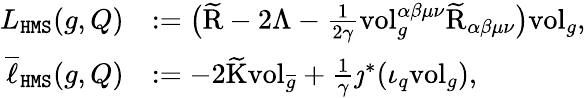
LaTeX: \begin{array}{rl}{L_{\mathtt{HMS}}(g,Q)}&{:=\big(\widetilde{\mathrm{R}}-2\Lambda-\frac{1}{2\gamma}\mathrm{vol}_{g}^{\alpha\beta\mu\nu}\widetilde{\mathrm{R}}_{\alpha\beta\mu\nu}\big)\mathrm{vol}_{g},}\\ {\overline{{\ell}}_{\mathtt{HMS}}(g,Q)}&{:=-2\widetilde{\mathrm{K}}\mathrm{vol}_{\overline{{g}}}+\frac{1}{\gamma}\jmath^{*}(\iota_{q}\mathrm{vol}_{g}),}\end{array}